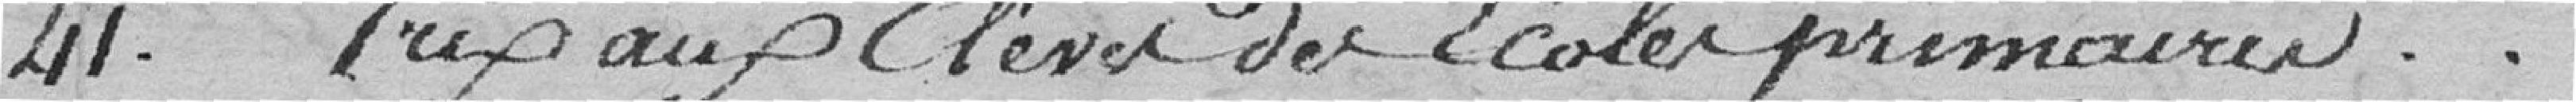
Prix aux élèves des écoles primaires